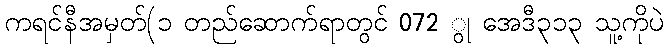
ကရင်နီအမှတ်(၁ တည်ဆောက်ရာတွင် 072 ွု အေဒီ၃၁၃ သူ့ကိုပဲ